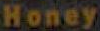
Honey